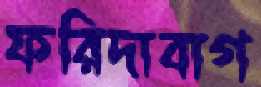
ফরিদাবাগ